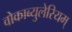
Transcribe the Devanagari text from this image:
वोकाब्युलेरियम्